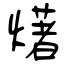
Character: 𤏸